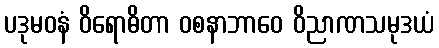
ပဒုမဝနံ ဝိရောဓိတာ ဝစနာဘာဝေ ဝိညာဏသမုဒယံ